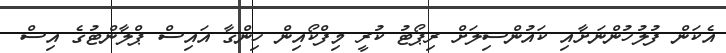
އެކަން ފުލުހުންނަށާއި ކައުންސިލަށް ރިޕޯޓު ކުރީ މިފްކޯއިން ހިންގާ އައިސް ޕްލާންޓުގެ އިސް